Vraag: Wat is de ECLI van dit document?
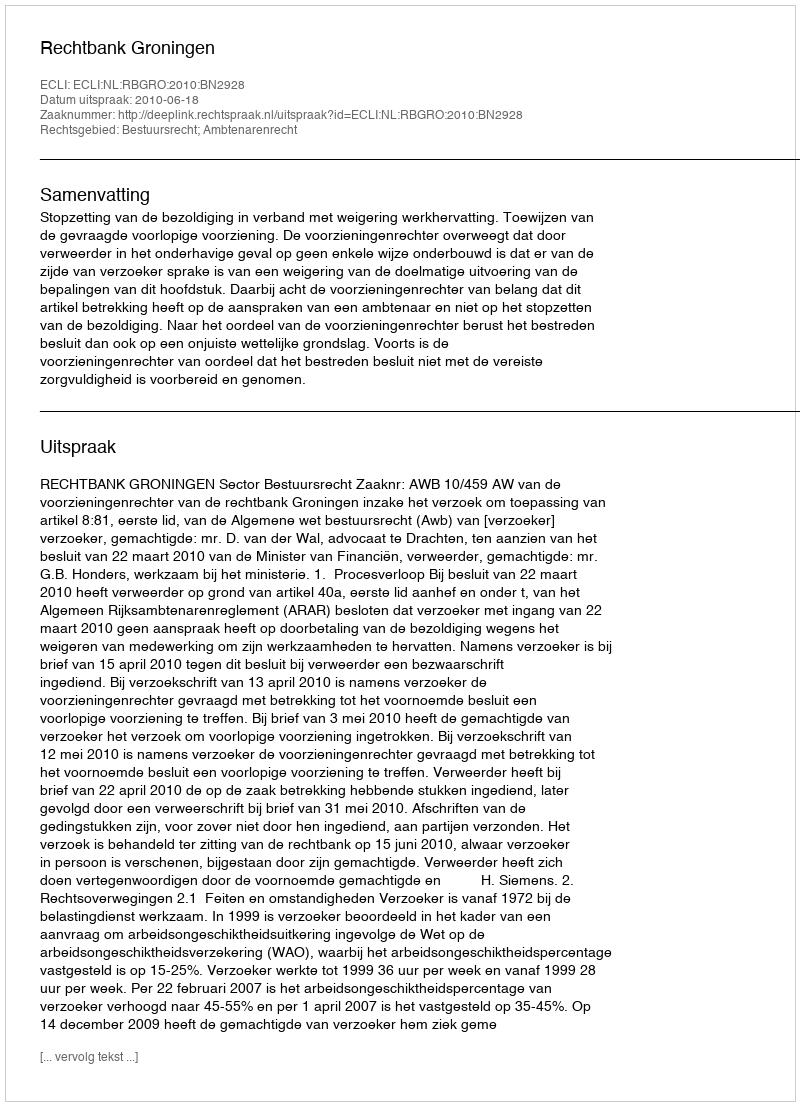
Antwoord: ECLI:NL:RBGRO:2010:BN2928